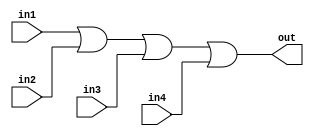
`timescale 1ns / 1ps
//////////////////////////////////////////////////////////////////////////////////
// Company: 
// Engineer: 
// 
// Design Name: 
// Module Name: OR_T_4
// Project Name: 
// Target Devices: 
// Tool Versions: 
// Description: 
// 
// Dependencies: 
// 
// Revision:
// Revision 0.01 - File Created
// Additional Comments:
// 
//////////////////////////////////////////////////////////////////////////////////
`define	D		0	// definition of the delay

// Delayed OR gate

module OR_T_4(out, in1, in2, in3, in4);

input in1, in2, in3, in4;
output out;

or		#`D		or1 (out, in1, in2, in3, in4);


endmodule